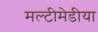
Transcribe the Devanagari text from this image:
मल्टीमेडीया